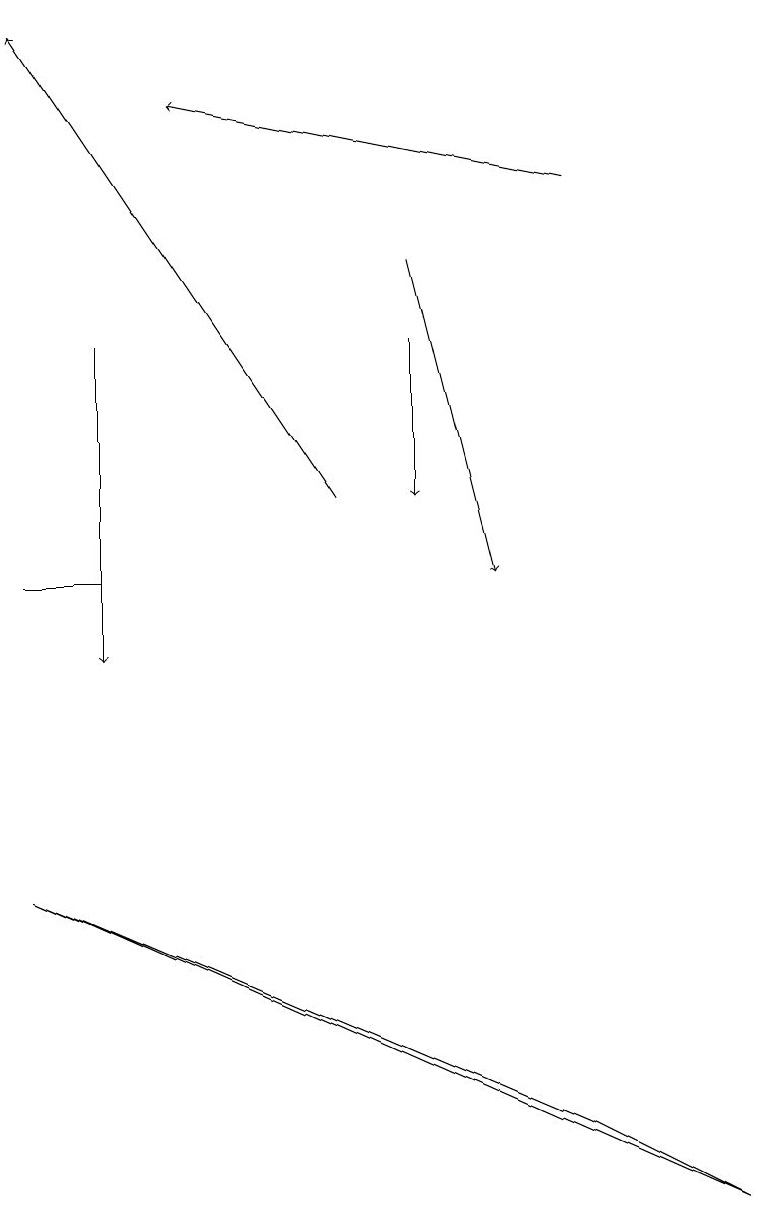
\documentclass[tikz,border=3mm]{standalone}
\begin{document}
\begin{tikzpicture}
\draw (9,4) -- (7,5) -- (0,8) -- cycle;
\draw[->] (4,13) -- (0,19);
\draw[->] (7,17) -- (2,18);
\draw[->] (5,16) -- (6,12);
\draw (1,12) rectangle (0,12);
\draw[->] (5,15) -- (5,13);
\draw[->] (1,15) -- (1,11);
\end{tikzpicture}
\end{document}